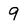
Character: 9